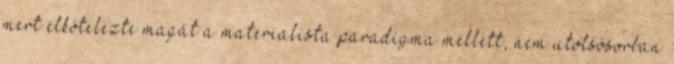
mert elkötelezte magát a materialista paradigma mellett, nem utolsósorban